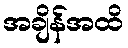
အချိန်အထိ